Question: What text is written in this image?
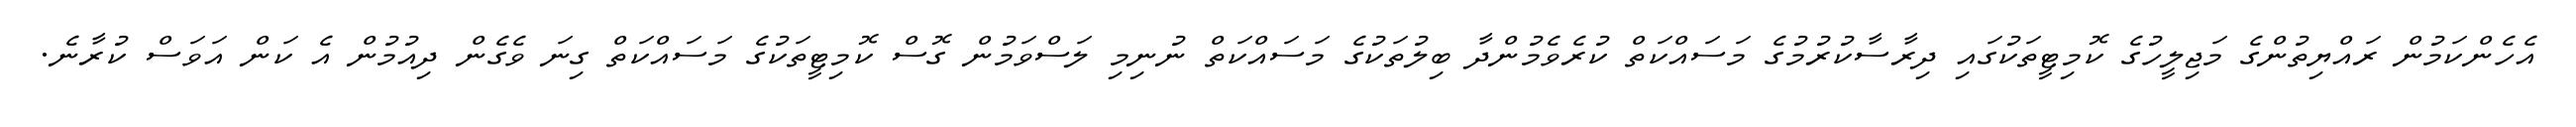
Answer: އެހެންކަމުން ރައްޔިތުންގެ މަޖިލީހުގެ ކޮމިޓީތަކުގައި ދިރާސާކުރުމުގެ މަސައްކަތް ކުރެވެމުންދާ ބިލުތަކުގެ މަސައްކަތް ނުނިމި ލަސްވަމުން ގޮސް ކޮމިޓީތަކުގެ މަސައްކަތް ގިނަ ވެގެން ދިއުމުން އެ ކަން އަވަސް ކުރާނެ.